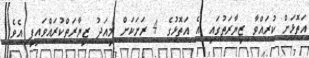
އަތޮޅަށް ކުރައްވާ ޒިޔާރަތުގައި އެ އަތޮޅުގެ 4 ރަށަކަށް މިއަދު ޒިޔާރަތްކުރައްވައިފި އެވެ.